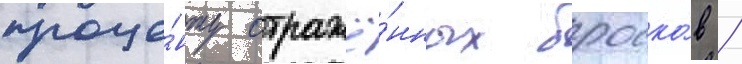
проце́нту отражё́нных броско́в /